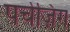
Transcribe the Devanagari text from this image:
पर्चेज़िंग